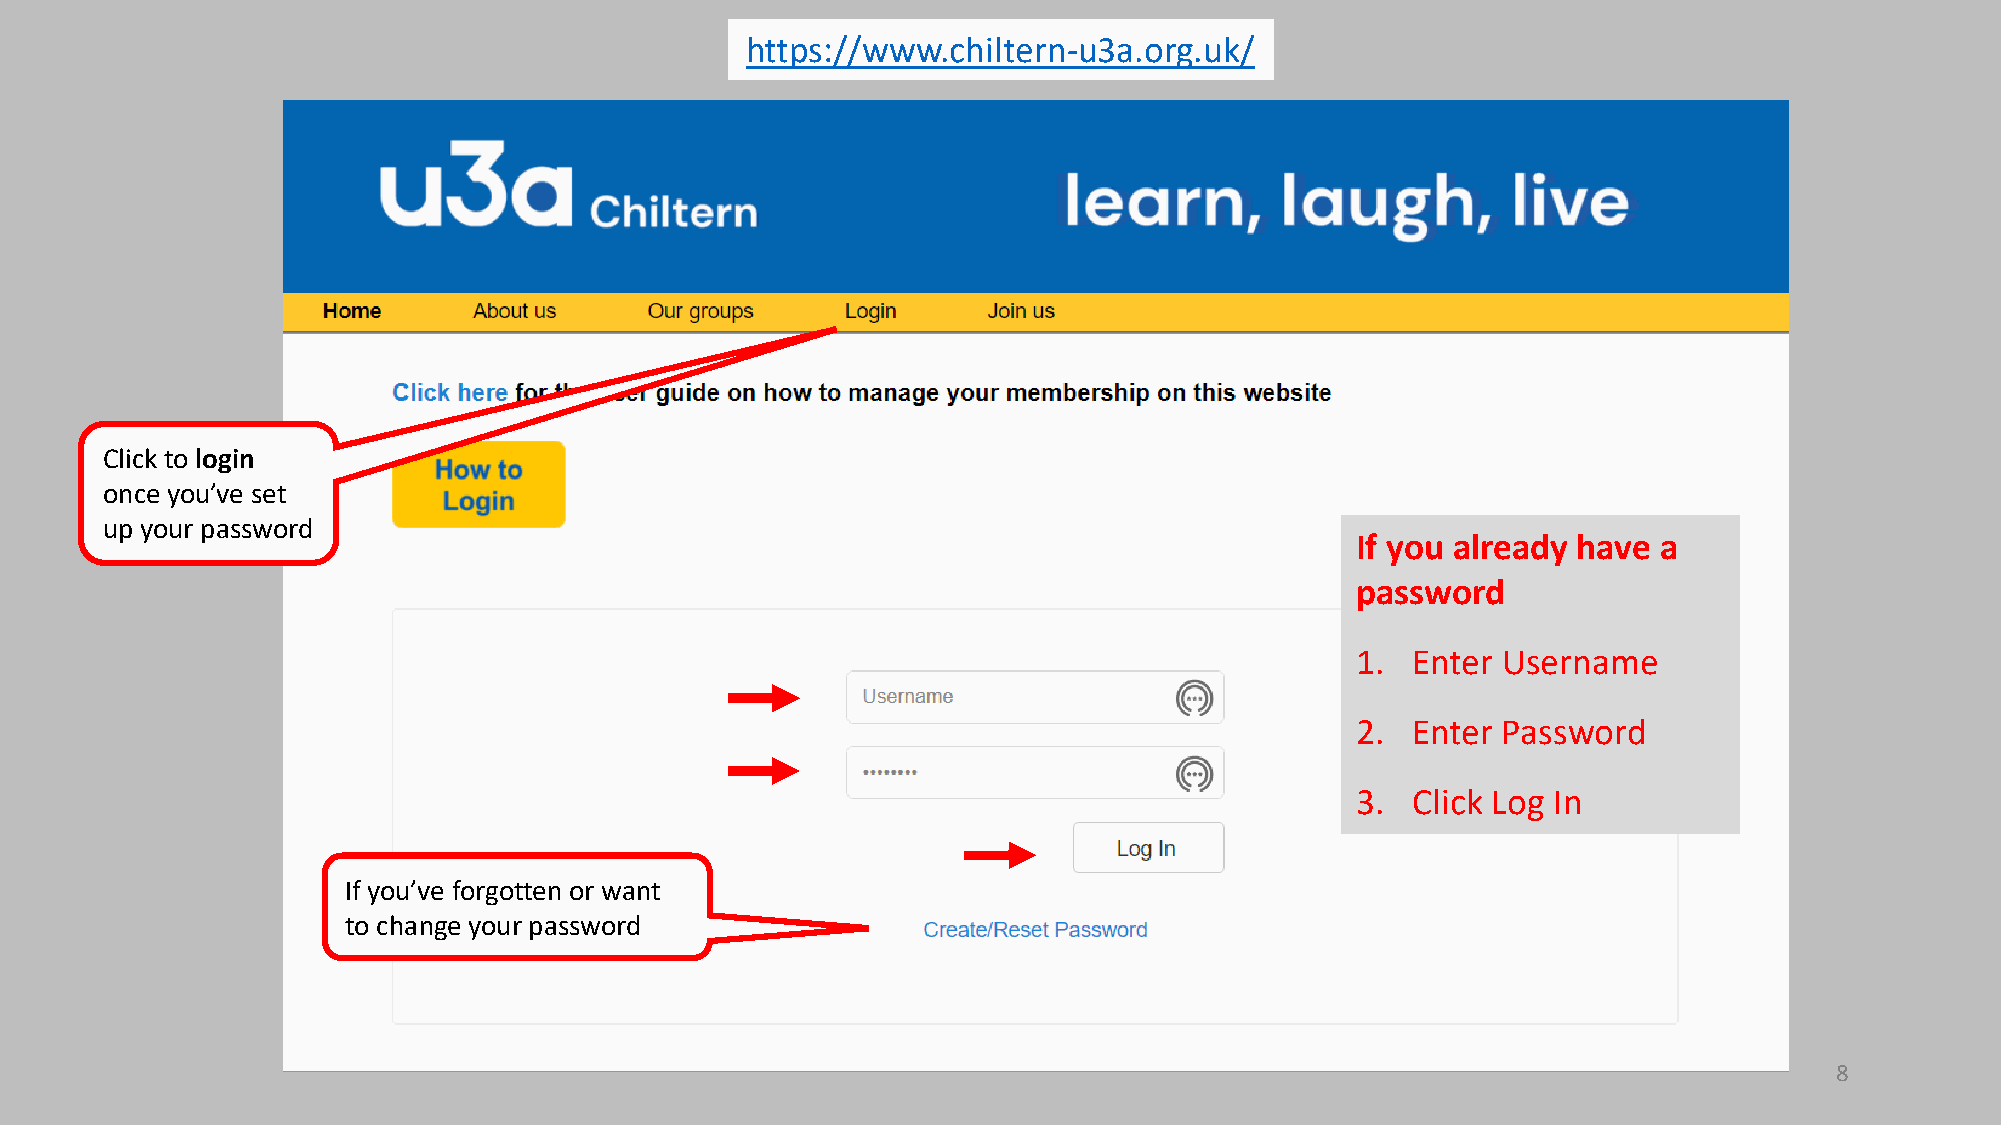
https://www.chiltern-u3a.org.uk/
 Click to login
 once you’ve set
 up your password
 If you already have a
 password
 1. Enter Username
 2. Enter Password
 3. Click Log In
 If you’ve forgotten or want
 to change your password
 8